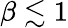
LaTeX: \beta\lesssim 1